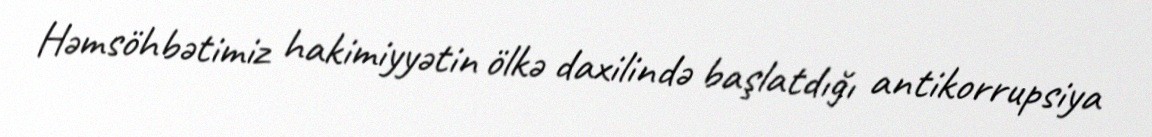
Həmsöhbətimiz hakimiyyətin ölkə daxilində başlatdığı antikorrupsiya